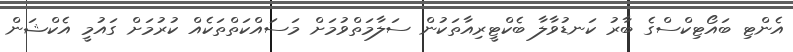
އެންޓި ބައޯޓިކްސްގެ ބާރު ކަނޑުވާލާ ބެކްޓީރިއާތަކުން ސަލާމަތްވުމަށް މަަސައްކަތްތަކެއް ކުރުމަށް ގައުމީ އެކްޝަން